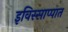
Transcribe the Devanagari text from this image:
इविस्साप्पात